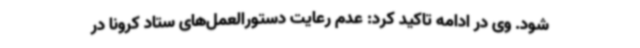
شود. وی در ادامه تاکید کرد: عدم رعایت دستورالعمل‌های ستاد کرونا در